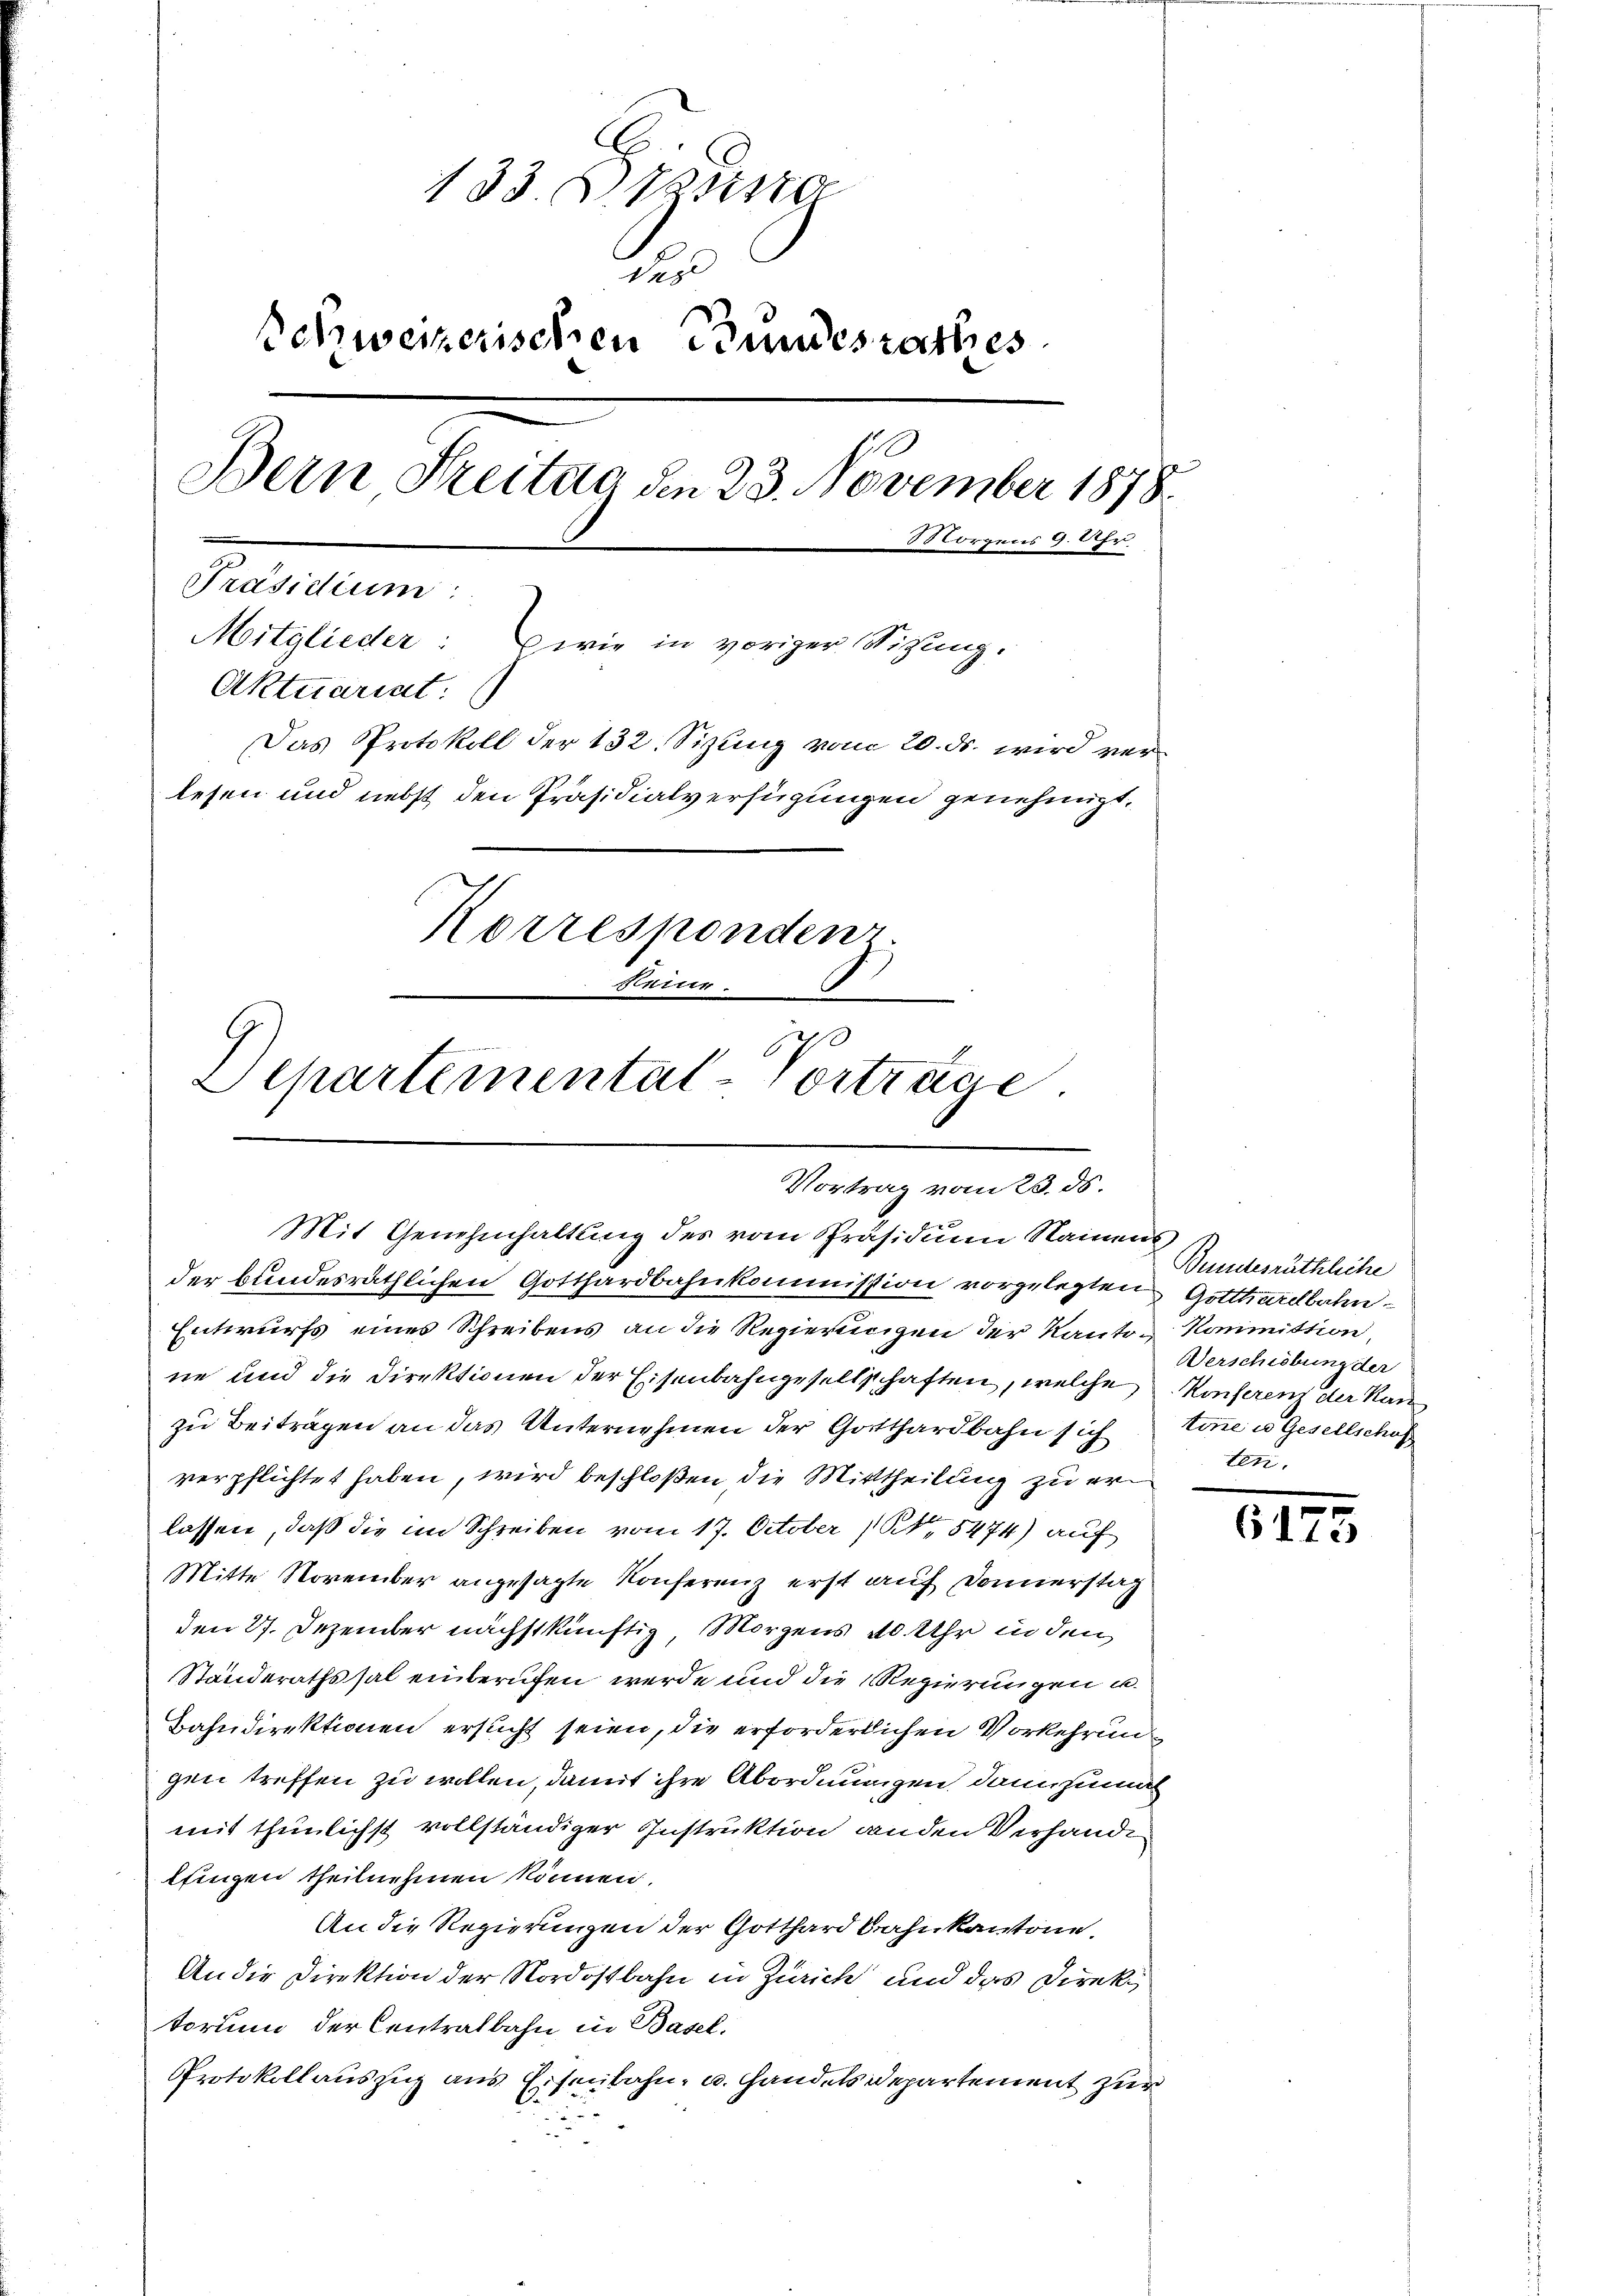
133. Eing
Sol
Schweizerischen Bundesrathes
Bern Streitag den 23. November 1878.
e
Morgens 9. Uhr
Präsidium:
Mitglieder: wie in voriger Sitzung.
Aktuariat
Das Protokoll der 132. Sizung vom 20. ds. wird verlesen und nebst den Präsidialverfügungen genehmigt.
Korrespondenz.
keine.
Departemental-Vorträge

Vortrag vom 23. ds.
Mit Genehmhaltung des vom Präsidium Namens

der bundesräthlichen Gotthardbahnkommission vorgelegten
Entwurfs eines Schreibens an die Regierungen der Kanton Kommittion,
ne und die Direktionen der Eisenbahngesellschaften, welche Konferenz der Kan
zu Beitragen an das Unternehmen der Gotthardbahn sich töne in Gesellschaf
verpflichtet haben, wird beschloßen, die Mittheilung zu erlassen, daß die im Schreiben vom 17. October 1 S. 5474) auf
Mitte November angesagte Konferenz erst auf Donnerstag
den 27. Dezember nächstkünftig, Morgens 10 Uhr in den
Standerathssal einberufen werde und die Regierungen u.
Bahndirektionen ersucht seien, die erforderlichen Vorkehrungen treffen zu wollen, damit ihre Abordnungen, dannzumal
mit thunlichst vollständiger Instruktion anden Verhande
lfingen theilnehmen können.
An die Regierungen der Gotthardbahn kantone.
An die Direktion der Nordostbahn in Zürich und das Direktorium der Centralbahn in Basel.
Protokollauszug aus Eisenbahn- u. Handelsdepartement zur

Beundesräthliche
Gotthardbahn
Verschiebung der
ten

.
6115